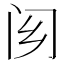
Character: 𨷿